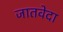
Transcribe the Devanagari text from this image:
जातवेदा